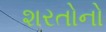
શરતોનો